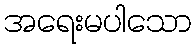
အရေးမပါသော